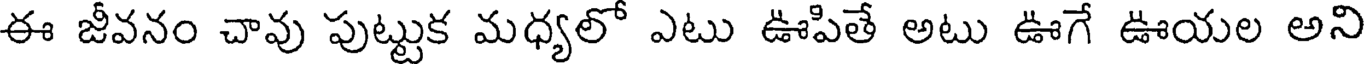
ఈ జీవనం చావు పుట్టుక మధ్యలో ఎటు ఊపితే అటు ఊగే ఊయల అని